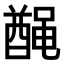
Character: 𫜟